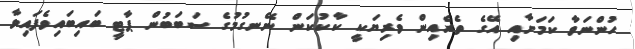
ހުންނަވާ ކަމަށާއި އޭގެ ތެރެއިން ވެރިޔަކީ ކާކުކަން ނޭނގުމުގެ ސަބަބުން ޕާޓީ ބައިބައިވެފައިވާ